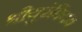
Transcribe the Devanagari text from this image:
श्रीयुरंबियम